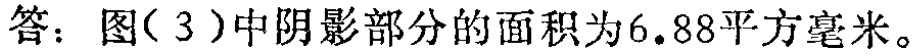
答：图(3)中阴影部分的面积为\(6.88\)平方毫米。